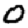
Digit: 0